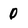
Character: 0